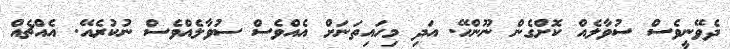
ދެވޭނީވެސް ސުވާލެއް ކޮށްގެން ނޫންހޭ. އަދި މިހައިތަނަށް އެއްވެސް ސުވާލެއްވެސް ނުކުރެއޭ. އެއްޗެއް